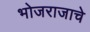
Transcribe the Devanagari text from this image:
भोजराजाचे